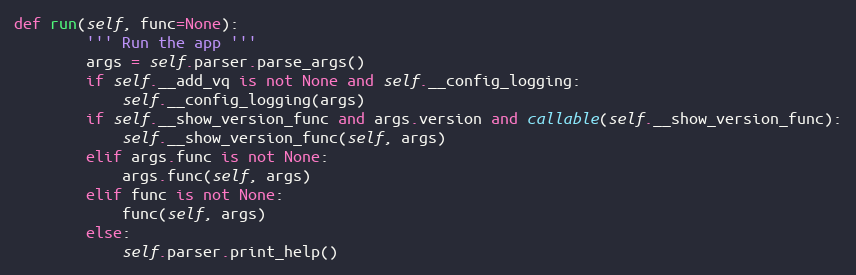
Language: Python
def run(self, func=None):
        ''' Run the app '''
        args = self.parser.parse_args()
        if self.__add_vq is not None and self.__config_logging:
            self.__config_logging(args)
        if self.__show_version_func and args.version and callable(self.__show_version_func):
            self.__show_version_func(self, args)
        elif args.func is not None:
            args.func(self, args)
        elif func is not None:
            func(self, args)
        else:
            self.parser.print_help()